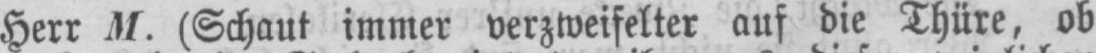
Herr M. (Schaut immer verzweifelter auf die Thüre, ob